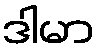
ဒါမာ